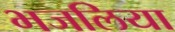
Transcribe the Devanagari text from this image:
भजलिया